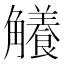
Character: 𧥐